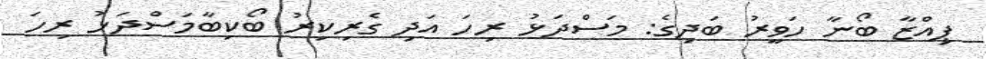
ޕިއްޒާ ބޯނާ ހަވީރު ބަދިގެ: މަސްދަޅު ރިހަ އަދި ގެރިކިރު ބޯކިބާމަސްދަޅު ރިހަ